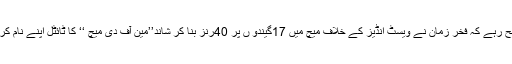
واضح رہے کہ فخر زمان نے ویسٹ انڈیز کے خلاف میچ میں 17گیندو ں پر 40رنز بنا کر شاند’’مین آف دی میچ ‘‘ کا ٹائٹل اپنے نام کر لیا ۔